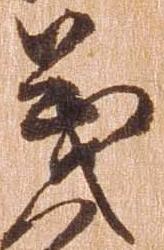
義